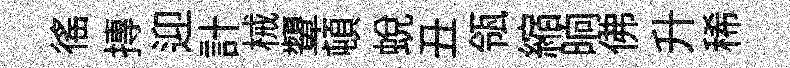
徭摶迎計械顰頓蜕丑瓴縮晌佛升稀